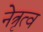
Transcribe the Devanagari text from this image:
नेत्रृत्व